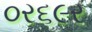
૦ર૬૯ર